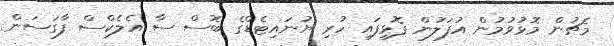
މެޗުން މޮޅުވުމުން އުފަލުން ފޮޅިފައި ހުރި ޔުނައިޓެޑްގެ ބޮސް ސާ އެލެކްސް ފާގަސަން